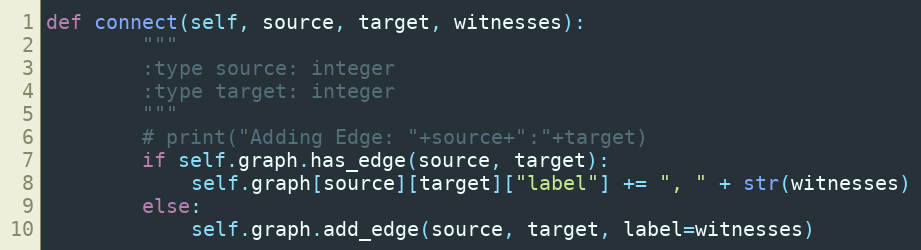
Language: Python
def connect(self, source, target, witnesses):
        """
        :type source: integer
        :type target: integer
        """
        # print("Adding Edge: "+source+":"+target)
        if self.graph.has_edge(source, target):
            self.graph[source][target]["label"] += ", " + str(witnesses)
        else:
            self.graph.add_edge(source, target, label=witnesses)